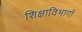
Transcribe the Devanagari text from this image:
शिक्षाविभागों